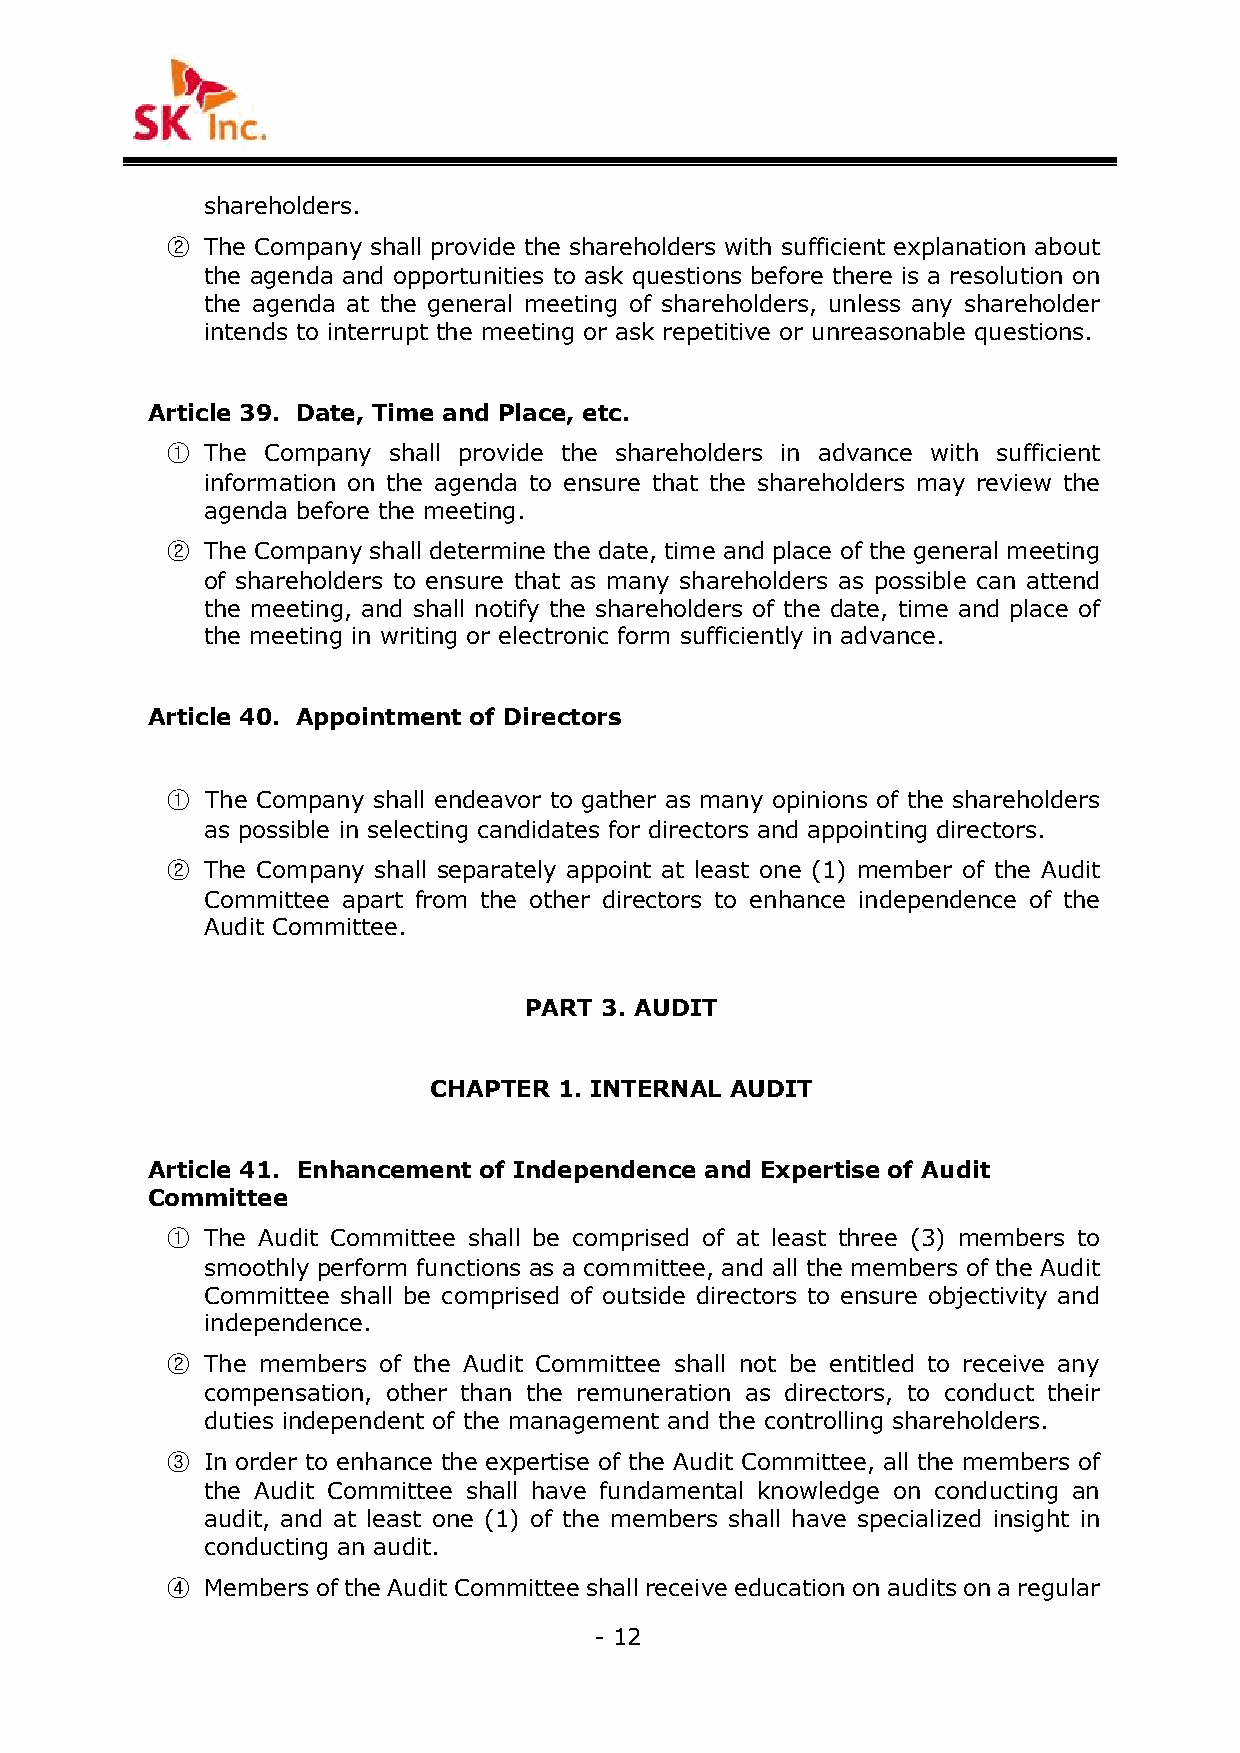
shareholders.
 ② The Company shall provide the shareholders with sufficient explanation about
 the agenda and opportunities to ask questions before there is a resolution on
 the agenda at the general meeting of shareholders, unless any shareholder
 intends to interrupt the meeting or ask repetitive or unreasonable questions.
 Article 39. Date, Time and Place, etc.
 ①  The Company shall provide the shareholders in advance with sufficient
 information on the agenda to ensure that the shareholders may review the
 agenda before the meeting.
 ②  The Company shall determine the date, time and place of the general meeting
 of shareholders to ensure that as many shareholders as possible can attend
 the meeting, and shall notify the shareholders of the date, time and place of
 the meeting in writing or electronic form sufficiently in advance.
 Article 40. Appointment of Directors
 ①  The Company shall endeavor to gather as many opinions of the shareholders
 as possible in selecting candidates for directors and appointing directors.
 ②  The Company shall separately appoint at least one (1) member of the Audit
 Committee apart from the other directors to enhance independence of the
 Audit Committee.
 PART 3. AUDIT
 CHAPTER  1. INTERNAL AUDIT
 Article 41. Enhancement of Independence and Expertise of Audit
 Committee
 ①  The Audit Committee shall be comprised of at least three (3) members to
 smoothly perform functions as a committee, and all the members of the Audit
 Committee shall be comprised of outside directors to ensure objectivity and
 independence.
 ②  The members of the Audit Committee shall not be entitled to receive any
 compensation, other than the remuneration as directors, to conduct their
 duties independent of the management and the controlling shareholders.
 ③  In order to enhance the expertise of the Audit Committee, all the members of
 the Audit Committee shall have fundamental knowledge on conducting an
 audit, and at least one (1) of the members shall have specialized insight in
 conducting an audit.
 ④  Members of the Audit Committee shall receive education on audits on a regular
 - 12
 -